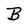
Character: B